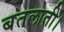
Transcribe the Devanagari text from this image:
बतलाती।